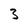
Character: 3